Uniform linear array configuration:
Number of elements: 64
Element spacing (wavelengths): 0.75
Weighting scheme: exponential
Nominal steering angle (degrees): -45
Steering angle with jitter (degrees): -44.252
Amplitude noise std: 0.05
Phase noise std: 0.05

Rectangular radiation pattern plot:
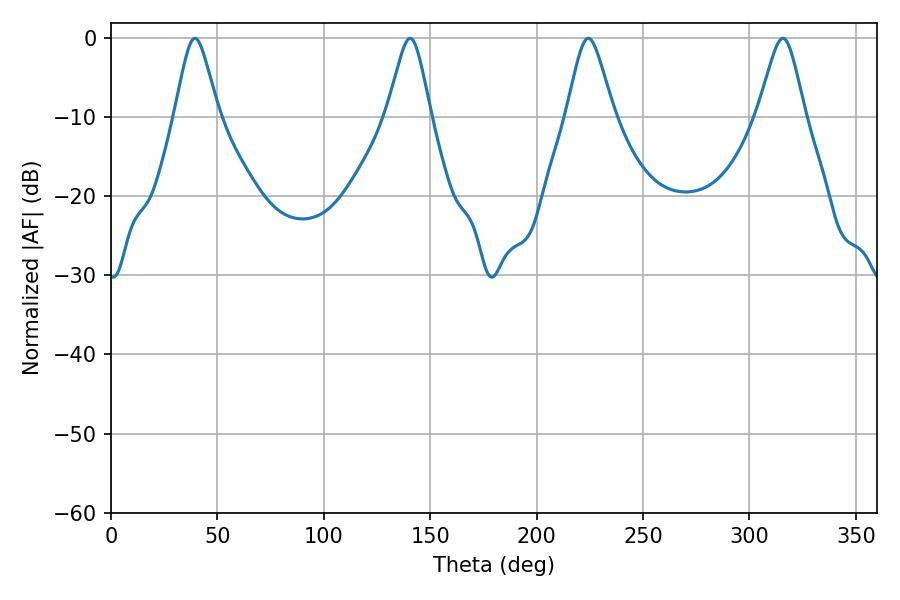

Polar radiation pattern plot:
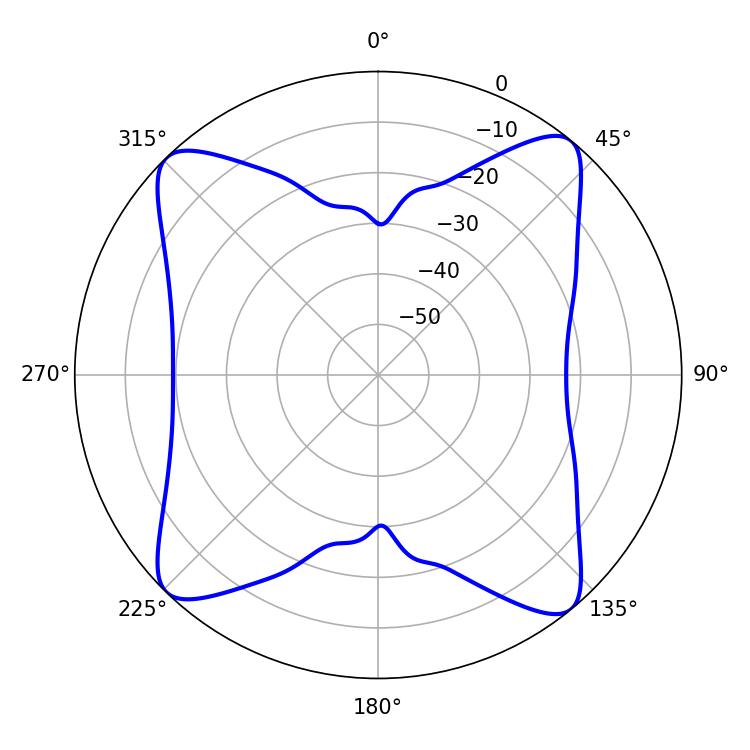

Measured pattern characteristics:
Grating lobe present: TRUE
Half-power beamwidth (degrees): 10.62
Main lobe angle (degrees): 224.28